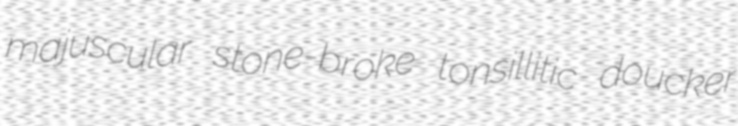
majuscular stone-broke tonsillitic doucker